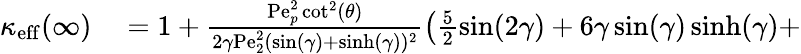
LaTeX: \begin{array}{rl}{\kappa_{\mathrm{eff}}(\infty)}&{{}=1+\frac{\mathrm{Pe}_{p}^{2}\cot^{2}(\theta)}{2\gamma\mathrm{Pe}_{2}^{2}(\sin(\gamma)+\sinh(\gamma))^{2}}\left(\frac{5}{2}\sin(2\gamma)+6\gamma\sin(\gamma)\sinh(\gamma)+\right.}\end{array}